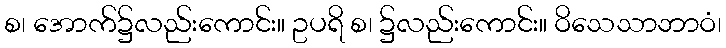
စ၊ အောက်၌လည်းကောင်း။ ဥပရိ စ၊ ၌လည်းကောင်း။ ဝိသေသာဘာဝံ၊